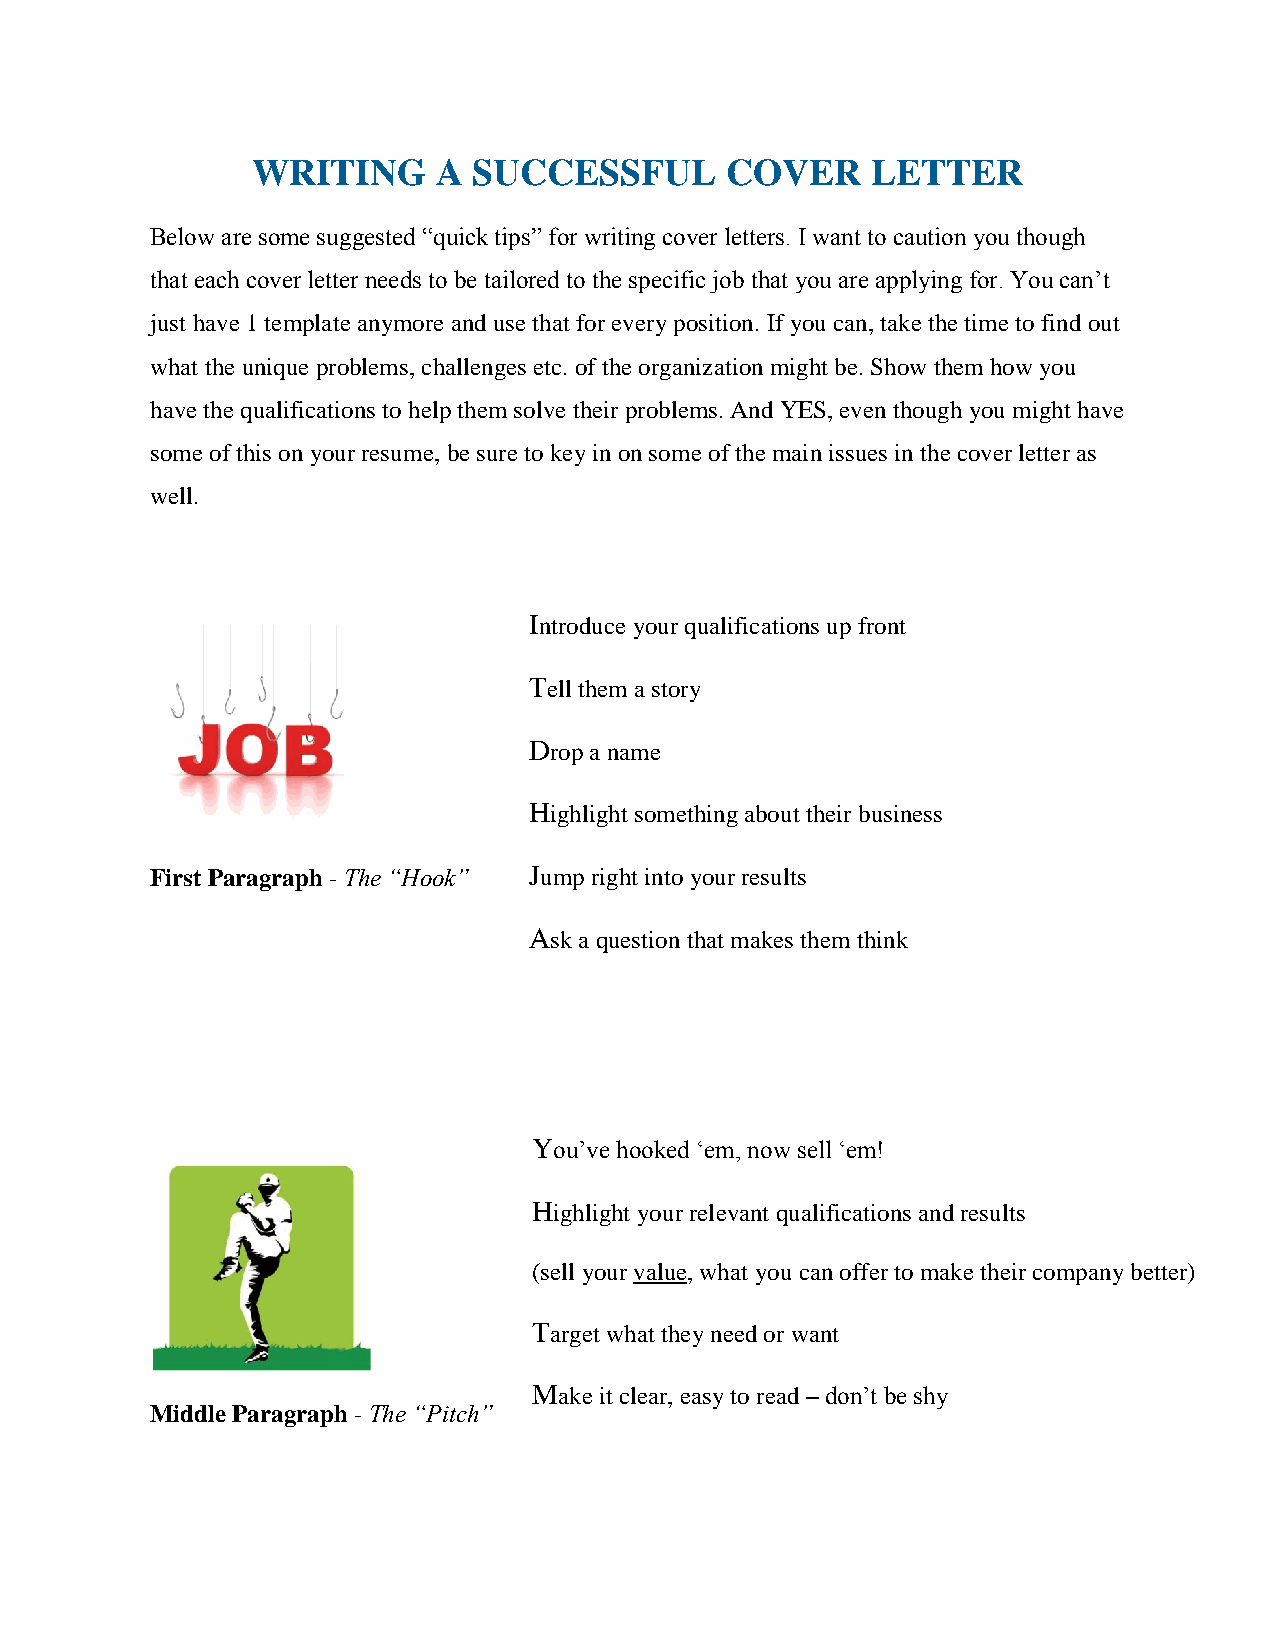
WRITING     A SUCCESSFUL       COVER     LETTER
 Below are some suggested “quick tips” for writing cover letters. I want to caution you though
 that each cover letter needs to be tailored to the specific job that you are applying for. You can’t
 just have 1 template anymore and use that for every position. If you can, take the time to find out
 what the unique problems, challenges etc. of the organization might be. Show them how you
 have the qualifications to help them solve their problems. And YES, even though you might have
 some of this on your resume, be sure to key in on some of the main issues in the cover letter as
 well.
 Introduce your qualifications up front
 Tell them a story
 Drop a name
 Highlight something about their business
 First Paragraph - The “Hook” Jump right into your results
 Ask a question that makes them think
 You’ve hooked ‘em, now sell ‘em!
 Highlight your relevant qualifications and results
 (sell your value, what you can offer to make their company better)
 Target what they need or want
 Make it clear, easy to read – don’t be shy
 Middle Paragraph - The “Pitch”